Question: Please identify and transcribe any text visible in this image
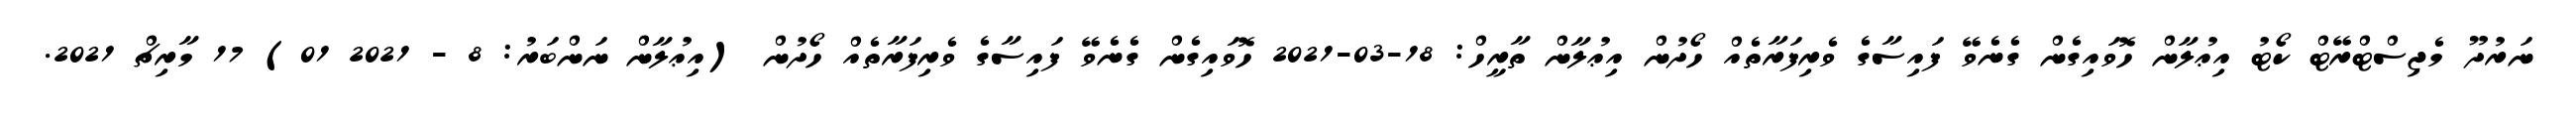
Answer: ނަރުދޫ މެޖިސްޓްރޭޓް ކޯޓު އިޢުލާން ހޮވައިގެން ގެނެވޭ ފައިސާގެ ވެރިފަރާތެއް ހޯދުން އިޢުލާން ތާރީހް: 18-03-2021 ހޮވައިގެން ގެނެވޭ ފައިސާގެ ވެރިފަރާތެއް ހޯދުން (އިޢުލާން ނަންބަރު: 8 - 2021 01) 17 މާރިޗް 2021.